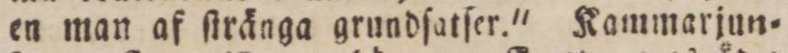
en man af ſtränga grundſatſer.' Kammarjun=